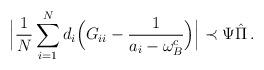
LaTeX: \begin{align*}\Big|\frac{1}{N}\sum_{i=1}^N d_i \Big(G_{ii}-\frac{1}{a_i-\omega_B^c}\Big)\Big|\prec \Psi\hat{\Pi}\,. \end{align*}